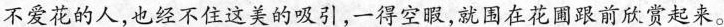
不爱花的人，也经不住这美的吸引，一得空暇，就围在花圃跟前欣赏起来。